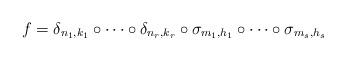
LaTeX: \begin{align*}f = \delta_{n_1, k_1}\circ \dots\circ \delta_{n_r, k_r}\circ \sigma_{m_1, h_1}\circ\dots \circ \sigma_{m_s, h_s}\end{align*}